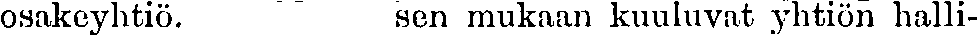
osakeyhtiö. sen mukaan kuuluvat yhtiön halli-